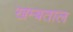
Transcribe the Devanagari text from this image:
खम्बताल